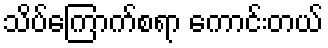
သိပ်ကြောက်စရာ ကောင်းတယ်